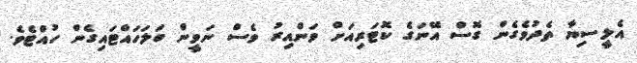
އެލީސިޔާ ތެދުވެގެން ގޮސް އޭނަގެ ކޮޓަރިއަށް ވަންއިރު ވެސް ނަވީން ބަލަހައްޓައިގެން ހުއްޓެވެ.